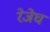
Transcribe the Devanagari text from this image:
रेजेघ